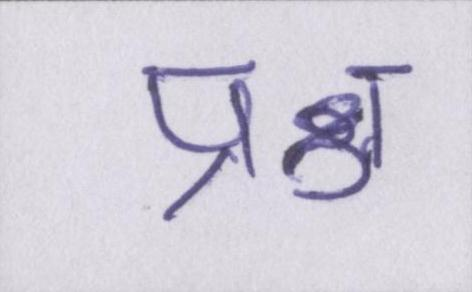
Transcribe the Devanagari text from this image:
प्रश्न